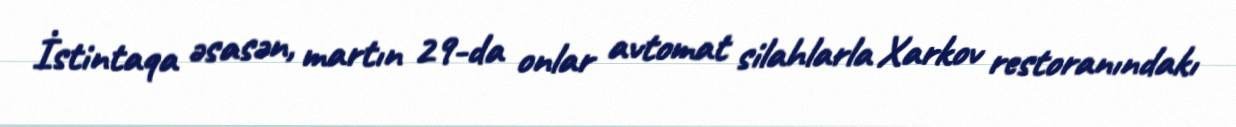
İstintaqa əsasən, martın 29-da onlar avtomat silahlarla Xarkov restoranındakı